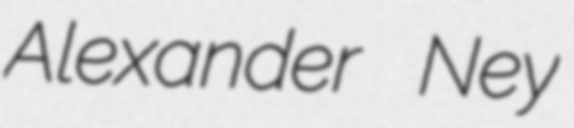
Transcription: Alexander Ney